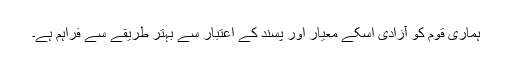
ہمارى قوم کو آزادى اسکے معیار اور پسند کے اعتبار سے بہتر طریقے سے فراہم ہے۔